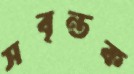
সবৃন্তক